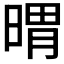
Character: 𣉌